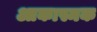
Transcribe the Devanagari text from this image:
आकास्मक